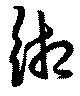
緗